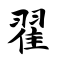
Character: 翟